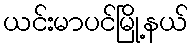
ယင်းမာပင်မြို့နယ်